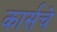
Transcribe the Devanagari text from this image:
कार्सचे